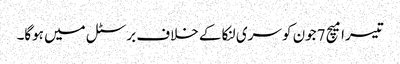
تیسرا میچ 7جون کو سری لنکا کے خلاف برسٹل میں ہوگا۔